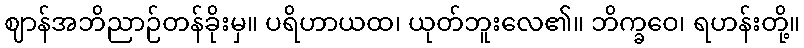
ဈာန်အဘိညာဉ်တန်ခိုးမှ။ ပရိဟာယထ၊ ယုတ်ဘူးလေ၏။ ဘိက္ခဝေ၊ ရဟန်းတို့။